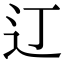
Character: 𫟧